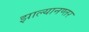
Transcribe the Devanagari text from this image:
झाल्यानण्तर